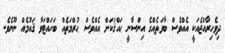
ދިވެހިރާއްޖެއަކީ އެއްވެސް ބާވަތެއްގެ އިންސާނީ ޙައްޤަކަށް އެއްވެސް ޙުރްމަތެއް ބަހައްޓަވާ ޤައުމެއް ނޫނެވެ.